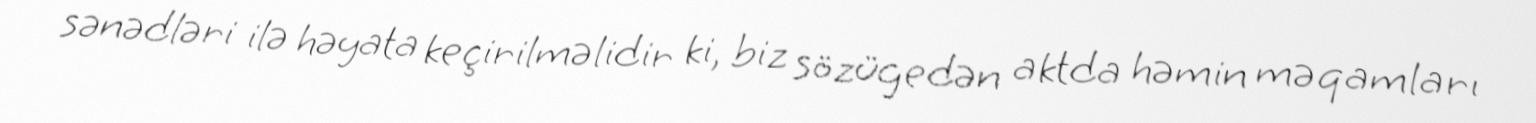
sənədləri ilə həyata keçirilməlidir ki, biz sözügedən aktda həmin məqamları